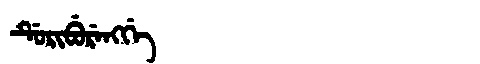
Manchu: ᡩᡠᡵᡳᠪᡠᡵᡝᠩᡤᡝ
Romanization: DURIBURENGGE